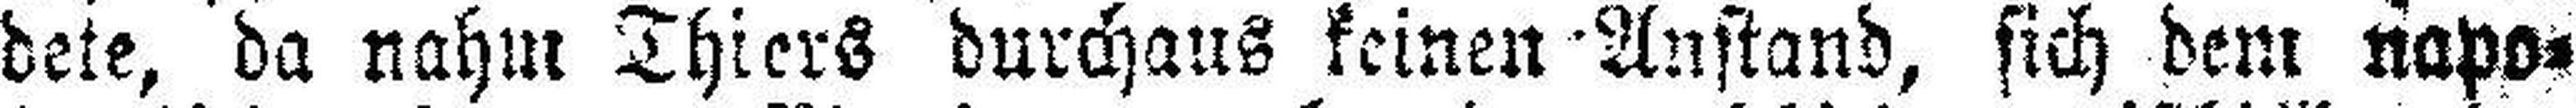
dete, da nahm Thiers durchaus keinen Anstand, sich dem napo¬